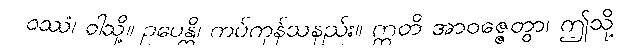
ဝဿံ၊ ဝါသို့။ ဥပေန္တိ၊ ကပ်ကုန်သနည်း။ ဣတိ အာဝဇ္ဇေတွာ၊ ဤသို့